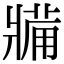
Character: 𤖐